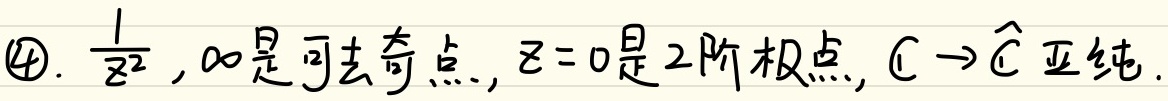
\textcircled{4}. \(\frac{1}{z^{2}}\) ，\(\infty\)是可去奇点，\(z = 0\)是2阶极点，\(\mathbb{C} \to \widehat{\mathbb{C}}\) 亚纯。